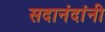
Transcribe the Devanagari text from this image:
सदानंदांनी